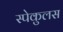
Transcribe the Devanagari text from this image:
स्पेकुलस